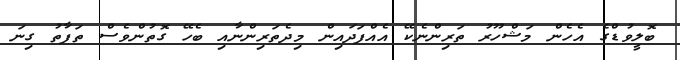
ބޮލީވުޑްގެ އެހެން މަޝްހޫރު ތަރިންނެކޭ އެއްފަދައިން މިދެތަރިންނާއި ބެހޭ ގޮތުންވެސް ތަފާތު ގިނަ